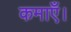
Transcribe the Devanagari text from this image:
कमाएँ।